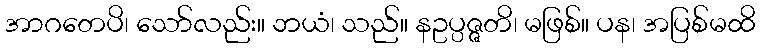
အာဂတေပိ၊ သော်လည်း။ ဘယံ၊ သည်။ နဥပ္ပဇ္ဇတိ၊ မဖြစ်။ ပန၊ အပြစ်မထိ